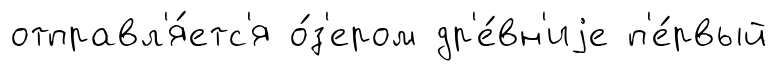
отправл'я́етс'я о́з'ером др'е́вн'иjе п'е́рвый